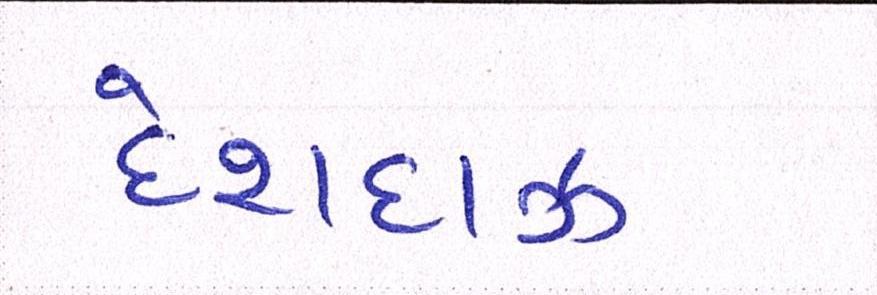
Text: દેશદાઝ